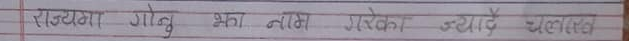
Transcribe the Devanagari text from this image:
राजेन्द्र गोल्नु कुरा नराम्रो गरेका न्याय बताउ